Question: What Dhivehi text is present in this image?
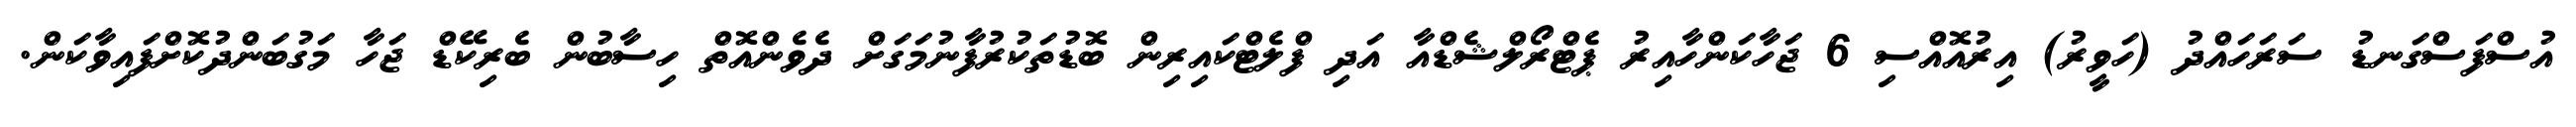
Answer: އުސްފަސްގަނޑު ސަރަހައްދު (ހަވީރު) އިރުއޮއްސި 6 ޖަހާކަންހާއިރު ޕެޓްރޯލްޝެޑްއާ އަދި ފްލެޓްކައިރިން ބޮޑުތަކުރުފާނުމަގަށް ދެވެންއޮތް ހިސާބުން ބެރިކޭޑް ޖަހާ މަގުބަންދުކޮށްފައިވާކަން.